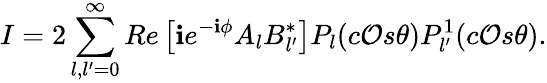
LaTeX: I=2\sum_{l,l^{\prime}=0}^{\infty}Re\left[\mathbf{i}e^{-\mathbf{i}\phi}A_{l}B_{l^{\prime}}^{*}\right]P_{l}(c\mathcal{O}s\theta)P_{l^{\prime}}^{1}(c\mathcal{O}s\theta).